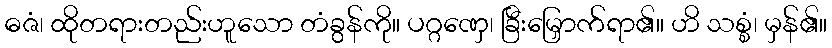
ဓဇံ၊ ထိုတရားတည်းဟူသော တံခွန်ကို။ ပဂ္ဂဏှေ၊ ခြီးမြှောက်ရာ၏။ ဟိ သစ္စံ၊ မှန်၏။